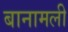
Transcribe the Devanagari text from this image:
बानामली